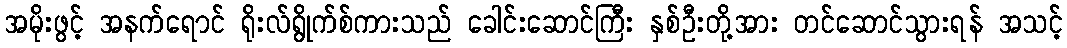
အမိုးဖွင့် အနက်ရောင် ရိုးလ်ရွိုက်စ်ကားသည် ခေါင်းဆောင်ကြီး နှစ်ဦးတို့အား တင်ဆောင်သွားရန် အသင့်